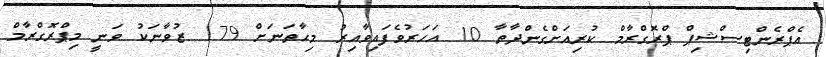
އެޕްރެންޓިސްޝިޕް ޕްރޮގްރާމް ކުރިއަށްގެންދާތާ 10 އަހަރުވެފައިވާއިރު މިހާތަނަށް 179 ޒުވާނަކު ވަނީ މިޕްރޮގްރާމް